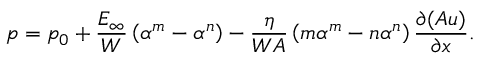
p = p _ { 0 } + \frac { E _ { \infty } } { W } \left( \alpha ^ { m } - \alpha ^ { n } \right) - \frac { \eta } { W A } \left( m \alpha ^ { m } - n \alpha ^ { n } \right) \frac { \partial ( A u ) } { \partial x } .